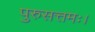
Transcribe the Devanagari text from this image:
पुरुसत्तमः।